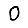
Digit: 0